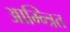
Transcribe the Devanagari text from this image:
आम्न्त्रित